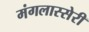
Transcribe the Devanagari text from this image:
मंगलास्सेरी